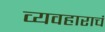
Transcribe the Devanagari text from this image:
व्यवहाराचं